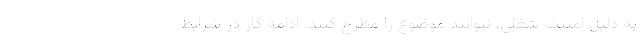
به دلیل امنیت شغلی، نتوانند موضوع را مطرح کنند. ادامه کار در شرایط